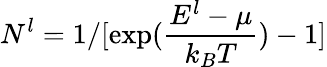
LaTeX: N_{}^{l}=1/[\exp(\frac{E^{l}-\mu}{k_{B}T})-1]